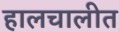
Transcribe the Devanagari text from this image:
हालचालीत